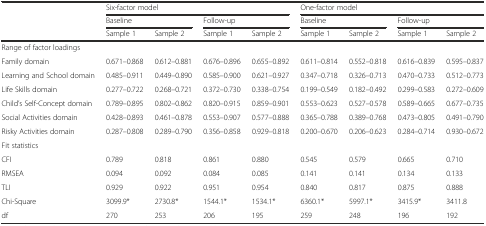
<table><thead><tr><td></td><td colspan="4"><b>Six-factor model</b></td><td colspan="4"><b>One-factor model</b></td></tr><tr><td></td><td colspan="2"><b>Baseline</b></td><td colspan="2"><b>Follow-up</b></td><td colspan="2"><b>Baseline</b></td><td colspan="2"><b>Follow-up</b></td></tr><tr><td></td><td><b>Sample 1</b></td><td><b>Sample 2</b></td><td><b>Sample 1</b></td><td><b>Sample 2</b></td><td><b>Sample 1</b></td><td><b>Sample 2</b></td><td><b>Sample 1</b></td><td><b>Sample 2</b></td></tr></thead><tbody><tr><td colspan="9">Range of factor loadings</td></tr><tr><td>Family domain</td><td>0.671–0.868</td><td>0.612–0.881</td><td>0.676–0.896</td><td>0.655–0.892</td><td>0.611–0.814</td><td>0.552–0.818</td><td>0.616–0.839</td><td>0.595–0.837</td></tr><tr><td>Learning and School domain</td><td>0.485–0.911</td><td>0.449–0.890</td><td>0.585–0.900</td><td>0.621–0.927</td><td>0.347–0.718</td><td>0.326–0.713</td><td>0.470–0.733</td><td>0.512–0.773</td></tr><tr><td>Life Skills domain</td><td>0.277–0.722</td><td>0.268–0.721</td><td>0.372–0.730</td><td>0.338–0.754</td><td>0.199–0.549</td><td>0.182–0.492</td><td>0.299–0.583</td><td>0.272–0.609</td></tr><tr><td>Child’s Self-Concept domain</td><td>0.789–0.895</td><td>0.802–0.862</td><td>0.820–0.915</td><td>0.859–0.901</td><td>0.553–0.623</td><td>0.527–0.578</td><td>0.589–0.665</td><td>0.677–0.735</td></tr><tr><td>Social Activities domain</td><td>0.428–0.893</td><td>0.461–0.878</td><td>0.553–0.907</td><td>0.577–0.888</td><td>0.365–0.788</td><td>0.389–0.768</td><td>0.473–0.805</td><td>0.491–0.790</td></tr><tr><td>Risky Activities domain</td><td>0.287–0.808</td><td>0.289–0.790</td><td>0.356–0.858</td><td>0.929–0.818</td><td>0.200–0.670</td><td>0.206–0.623</td><td>0.284–0.714</td><td>0.930–0.672</td></tr><tr><td colspan="9">Fit statistics</td></tr><tr><td>CFI</td><td>0.789</td><td>0.818</td><td>0.861</td><td>0.880</td><td>0.545</td><td>0.579</td><td>0.665</td><td>0.710</td></tr><tr><td>RMSEA</td><td>0.094</td><td>0.092</td><td>0.084</td><td>0.085</td><td>0.141</td><td>0.141</td><td>0.134</td><td>0.133</td></tr><tr><td>TLI</td><td>0.929</td><td>0.922</td><td>0.951</td><td>0.954</td><td>0.840</td><td>0.817</td><td>0.875</td><td>0.888</td></tr><tr><td>Chi-Square</td><td>3099.9*</td><td>2730.8*</td><td>1544.1*</td><td>1534.1*</td><td>6360.1*</td><td>5997.1*</td><td>3415.9*</td><td>3411.8</td></tr><tr><td>df</td><td>270</td><td>253</td><td>206</td><td>195</td><td>259</td><td>248</td><td>196</td><td>192</td></tr></tbody></table>